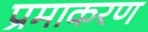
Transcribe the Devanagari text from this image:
प्रमाकरण